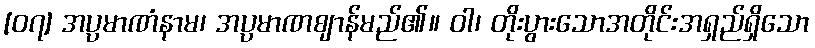
[၀၇] အပ္ပမာဏံနာမ၊ အပ္ပမာဏဈာန်မည်၏။ ဝါ၊ တိုးပွားသောအတိုင်းအရှည်ရှိသော